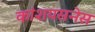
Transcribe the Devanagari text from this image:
कांशयसनेस